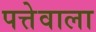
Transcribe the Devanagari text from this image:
पत्तेवाला